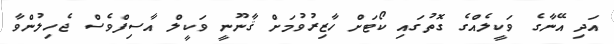
އަދި އޭނާގެ ވަކީލެއްގެ ގޮތުގައި ކޯޓަށް ހާޒިރުވުމަށް ޤާނޫނީ ވަކީލް އާސިފްވެސް ޖެހިލުންވާ